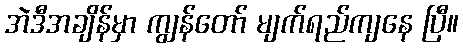
အဲဒီအချိန်မှာ ကျွန်တော် မျက်ရည်ကျနေ ပြီ။